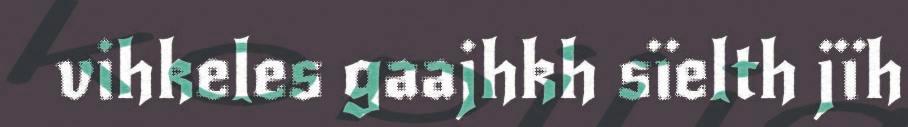
vihkeles gaajhkh sïelth jïh